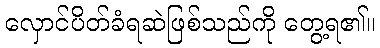
လှောင်ပိတ်ခံရဆဲဖြစ်သည်ကို တွေ့ရ၏။